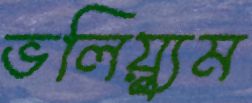
ভলিয়্যুম